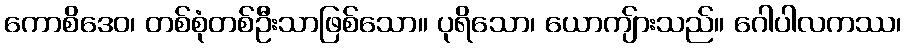
ကောစိဒေဝ၊ တစ်စုံတစ်ဦးသာဖြစ်သော။ ပုရိသော၊ ယောကျ်ားသည်။ ဂေါပါလကဿ၊